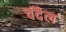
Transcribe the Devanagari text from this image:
चंदैल